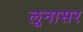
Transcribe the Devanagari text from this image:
लूनासर